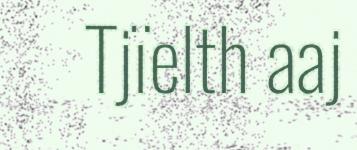
Tjïelth aaj